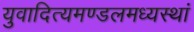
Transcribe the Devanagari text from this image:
युवादित्यमण्डलमध्यस्थां